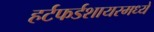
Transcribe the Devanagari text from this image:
हर्टफर्डशायरमध्ये